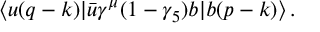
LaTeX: \langle u ( q - k ) | \bar { u } \gamma ^ { \mu } ( 1 - \gamma _ { 5 } ) b | b ( p - k ) \rangle \, .